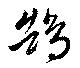
鵠